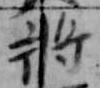
将